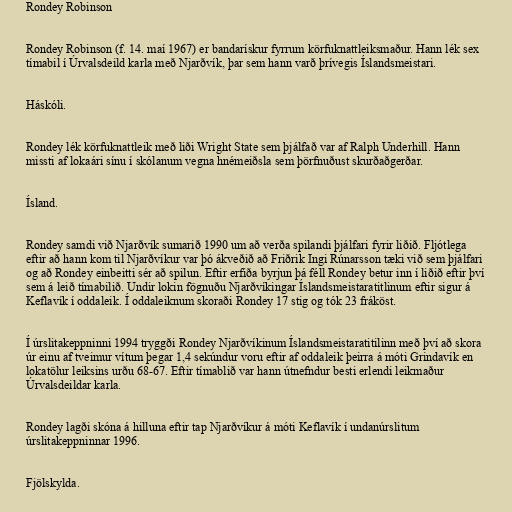
Rondey Robinson

Rondey Robinson (f. 14. maí 1967) er bandarískur fyrrum körfuknattleiksmaður. Hann lék sex
tímabil í Úrvalsdeild karla með Njarðvík, þar sem hann varð þrívegis Íslandsmeistari.

Háskóli.

Rondey lék körfuknattleik með liði Wright State sem þjálfað var af Ralph Underhill. Hann
missti af lokaári sínu í skólanum vegna hnémeiðsla sem þörfnuðust skurðaðgerðar.

Ísland.

Rondey samdi við Njarðvík sumarið 1990 um að verða spilandi þjálfari fyrir liðið. Fljótlega
eftir að hann kom til Njarðvíkur var þó ákveðið að Friðrik Ingi Rúnarsson tæki við sem þjálfari
og að Rondey einbeitti sér að spilun. Eftir erfiða byrjun þá féll Rondey betur inn í liðið eftir því
sem á leið tímabilið. Undir lokin fögnuðu Njarðvíkingar Íslandsmeistaratitlinum eftir sigur á
Keflavík í oddaleik. Í oddaleiknum skoraði Rondey 17 stig og tók 23 fráköst.

Í úrslitakeppninni 1994 tryggði Rondey Njarðvíkinum Íslandsmeistaratitilinn með því að skora
úr einu af tveimur vítum þegar 1,4 sekúndur voru eftir af oddaleik þeirra á móti Grindavík en
lokatölur leiksins urðu 68-67. Eftir tímablið var hann útnefndur besti erlendi leikmaður
Úrvalsdeildar karla.

Rondey lagði skóna á hilluna eftir tap Njarðvíkur á móti Keflavík í undanúrslitum
úrslitakeppninnar 1996.

Fjölskylda.